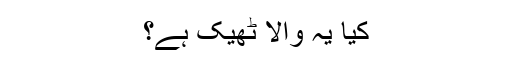
کیا یہ والا ٹھیک ہے؟